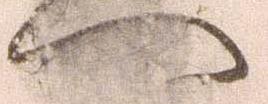
へ